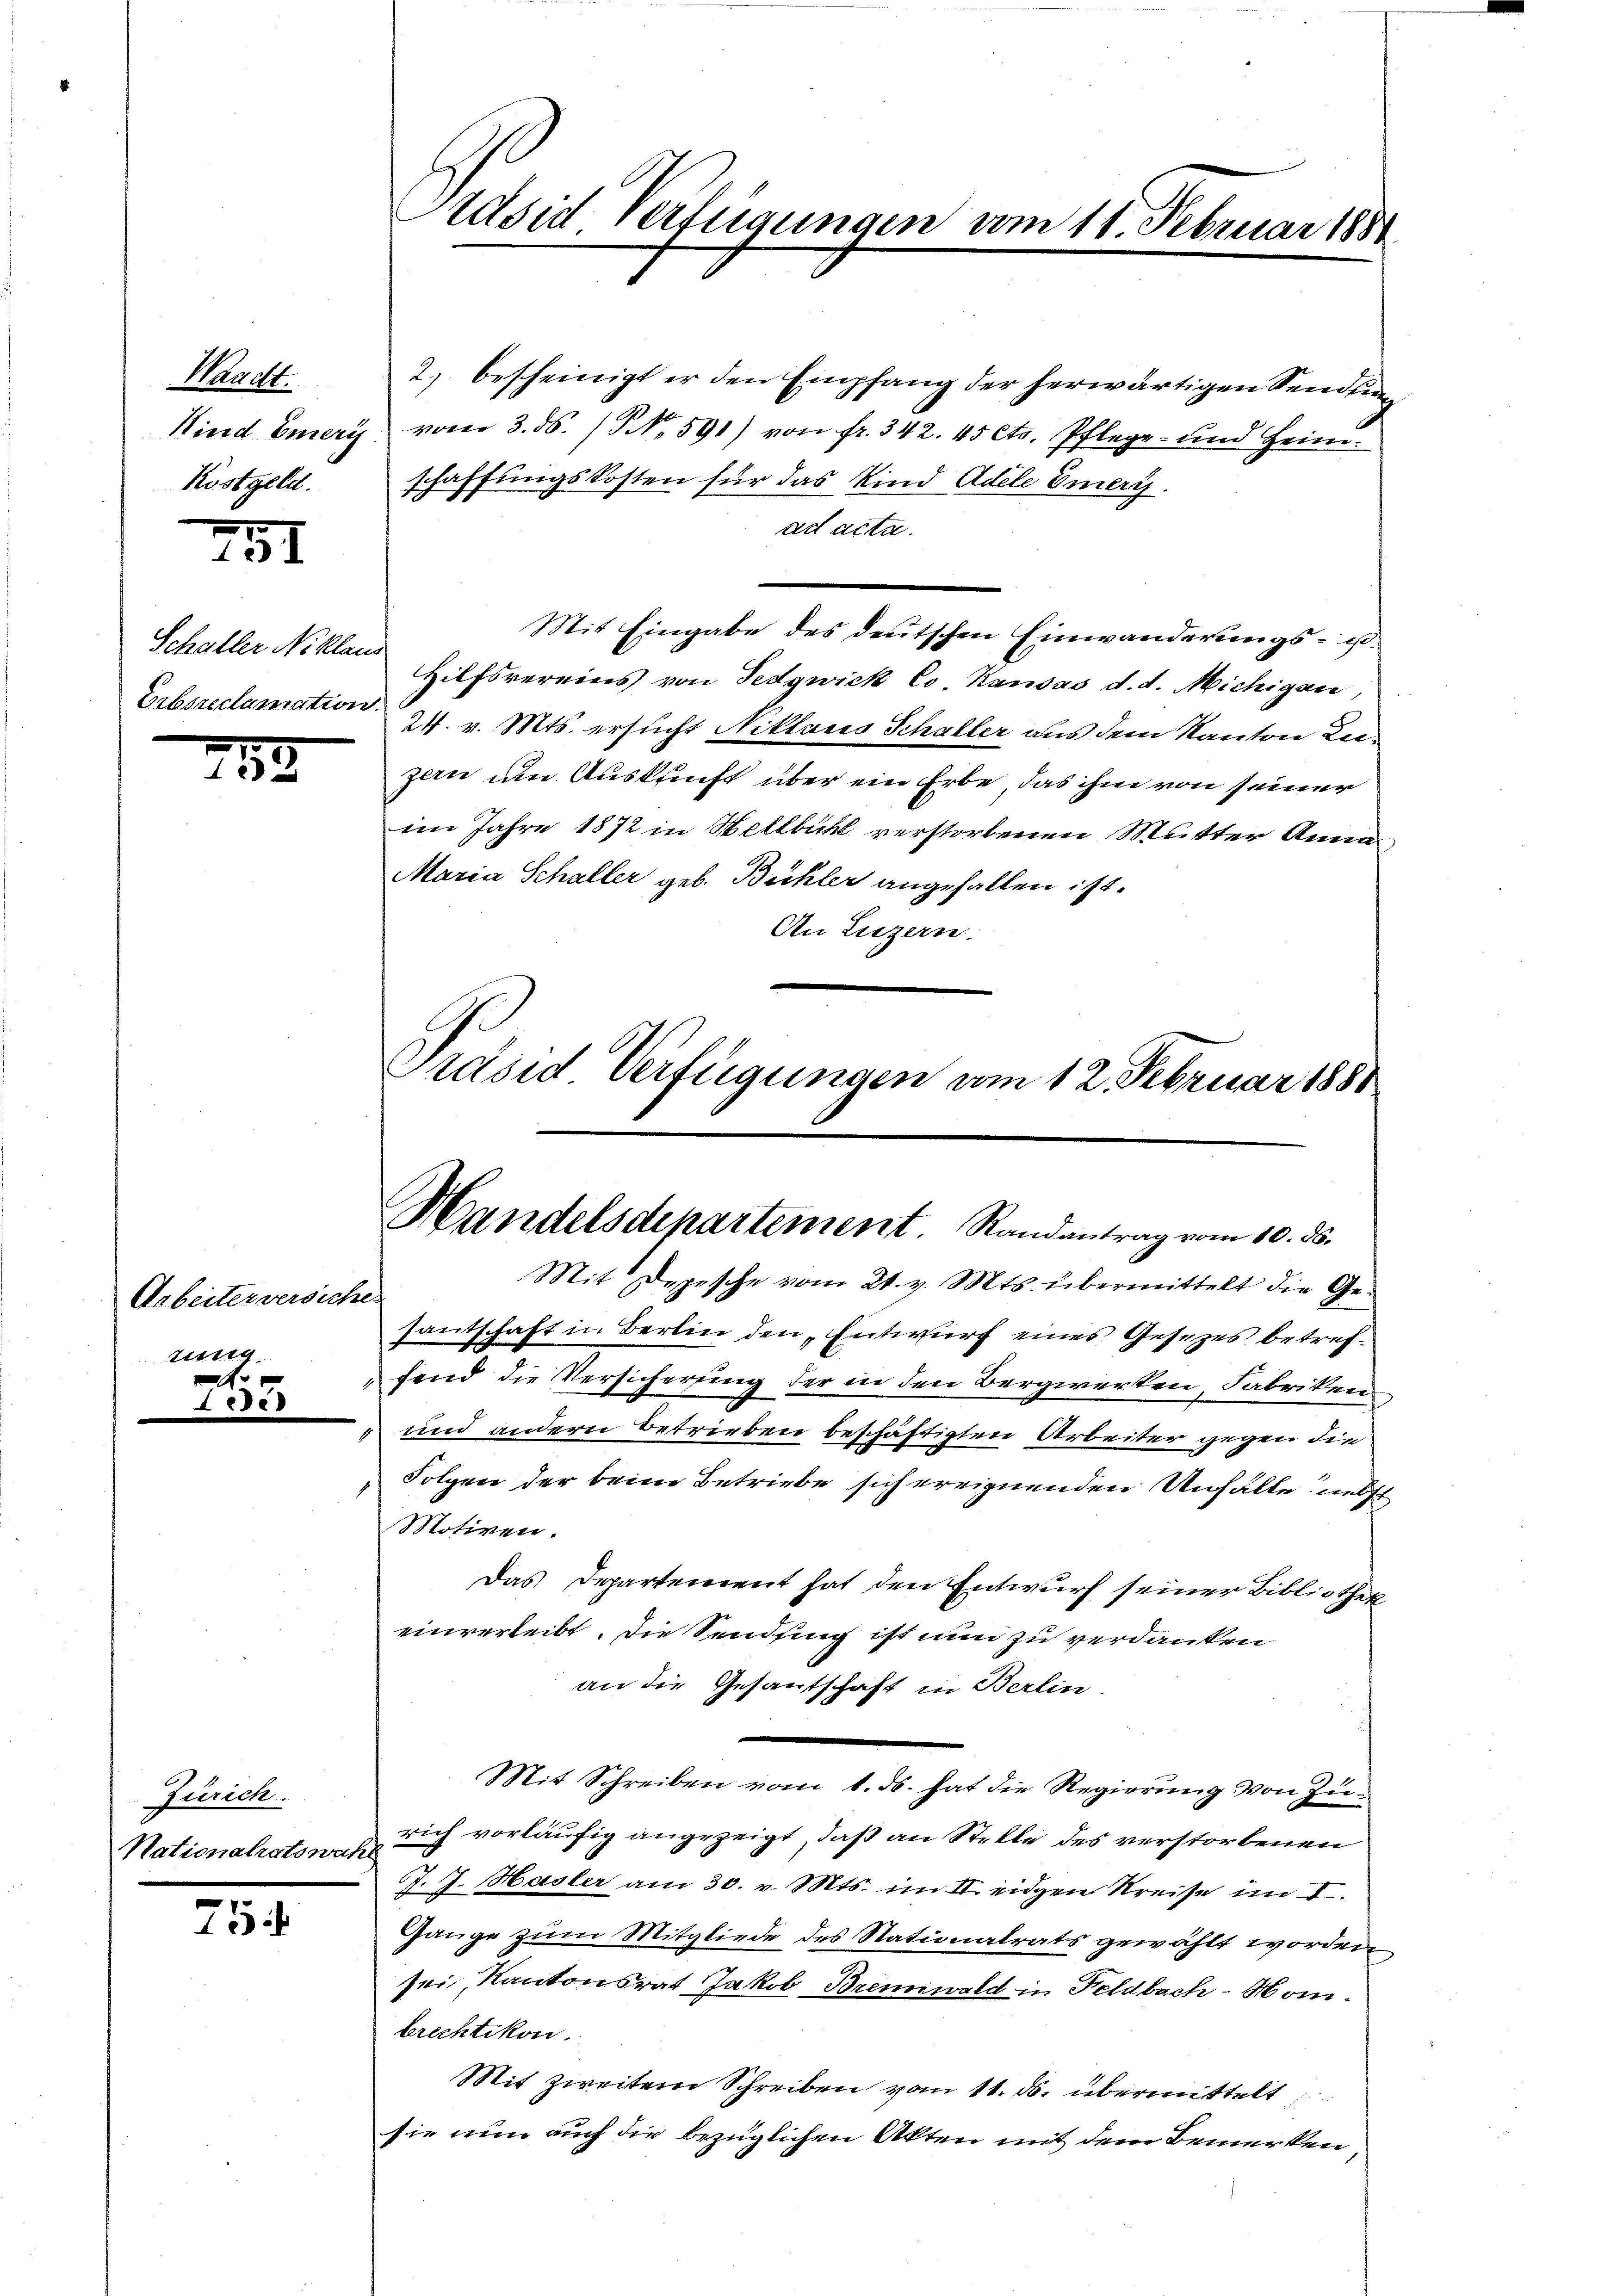
Waacht.
Kind Emeri
Kostgeld.

231

Schaller Niklaus
Erbsreclamation.

133

Arbeiter versiche.
ung.

Zürich.
Nationalratswahl

5

rdsid Verfügungen vom 11. Februar 1881

2) bescheinigt er den Empfang der herwärtigen Sendung
vom 3. ds. (NNNo. 591) von fr. 342. 45 cts. Pflege- und Heim.
schaffungskosten für das Kind Adele Emeris
ad acta.
Mit Eingabe des deutschen Einwanderungs- u.
Hilfsvereins von Fedgwick Co Kausas d. d. Michigan
24. v. Mts. ersucht Niklaus Schaller aus dem Kanton Luzen an Auskunft über ein Erbe, das ihm von seiner
im Jahre 1872 in Heltbühl verstorbenen Mutter Anna
Maria Schaller geb. Büchler angehalten ist.
An Luzern.
Präsid Verfügungen vom 12. Februar 1888

Handelsdepartement Randantrag vom 10. ds.
Mit Depesche vom 21. v. Mts. übermittelt die Gesantschaft in Berlin den Entwurf eines Gesetzes betref¬

fend die Versicherung der in den Bergierten, Fabriken
 und andern betrieben beschäftigten Arbeiter gegen die
" Folgen der beim Betriebe sich ereignenden Unfälle nebst
Motiven.
Das Departement hat den Entwurf seiner Bibliothek
einverleibt. Die Sendsing ist nun zu verdanken
an die Gesantschaft in Berlin
Mit Schreiben vom 1. ds. hat die Regierung von Zurich vorläufig angezeigt, daß an Stelle des verstorbenen
J. J. Hasler am 30. v. Mts. im II. eidgen Kreise im I.
Gange zum Mitgliede des Stationalrats gewählt worden
sei, Kantonsrat Jakob Brennwald in Feldbach-Mombrechtikon.
Mit zweitem Schreiben vom 11. ds. übermittelt
sie nun auch die bezüglichen Akten mit dem Bemerken